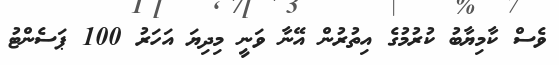
ވެސް ކާމިޔާބު ކުރުމުގެ އިތުރުން އޭނާ ވަނީ މިދިޔަ އަހަރު 100 ޕަސެންޓު